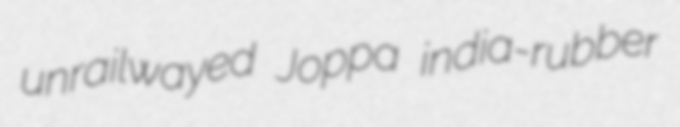
unrailwayed Joppa india-rubber